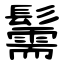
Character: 䰑